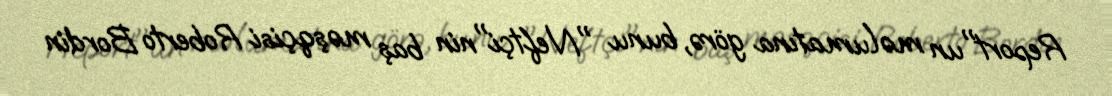
Report"un məlumatına görə, bunu "Neftçi"nin baş məşqçisi Roberto Bordin